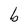
Character: b